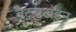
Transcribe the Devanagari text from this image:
वेट्सटाइन